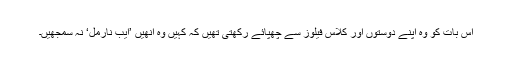
اس بات کو وہ اپنے دوستوں اور کلاس فیلوز سے چھپائے رکھتی تھیں کہ کہیں وہ انھیں ’ایب نارمل‘ نہ سمجھیں۔